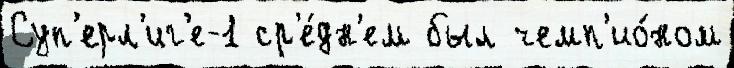
Суп'ерл'иг'е-1 ср'е́дн'ем был чемп'ио́ном